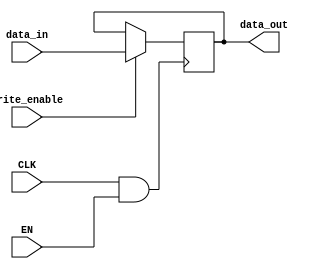
module ClockGatedMemoryBlock (
    input wire CLK,     // Primary clock signal
    input wire EN,      // Enable signal
    input wire [31:0] data_in, // Data input
    input wire write_enable,     // Write enable signal
    output reg [31:0] data_out   // Data output
);

    wire GCLK; // Gated clock signal

    // Clock gating logic using AND gate
    assign GCLK = CLK & EN; 

    // Memory block, represented as a simple register
    reg [31:0] memory;

    // Memory write operation, triggered by the gated clock
    always @(posedge GCLK) begin
        if (write_enable) begin
            memory <= data_in; // Write data to memory
        end
    end

    // Memory read operation, the output is available at any time
    always @(*) begin
        data_out = memory; // Output the memory content
    end

endmodule